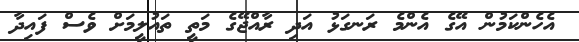
އެހެންކަމުން އޭގެ އެންމެ ރަނގަޅު އަދި ރާއްޖޭގެ މަތީ ތައުލީމަށް ވެސް ފައިދާ